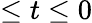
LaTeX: \leq t\leq 0